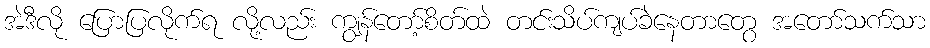
အဲဒီလို ပြောပြလိုက်ရ လို့လည်း ကျွန်တော့်စိတ်ထဲ တင်းသိပ်ကျပ်ခဲနေတာတွေ အတော်သက်သာ